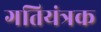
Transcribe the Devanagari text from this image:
गतियंत्रक